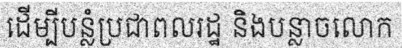
ដើម្បីបន្លំប្រជាពលរដ្ឋ និងបន្លាចលោក